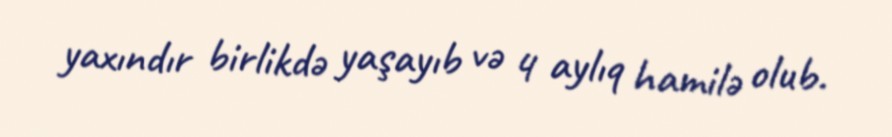
yaxındır birlikdə yaşayıb və 4 aylıq hamilə olub.